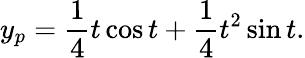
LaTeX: y_{p}={\frac{1}{4}}t\cos t+{\frac{1}{4}}t^{2}\sin t.